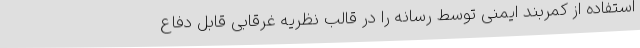
استفاده از کمربند ایمنی توسط رسانه را در قالب نظریه غرقابی قابل دفاع